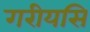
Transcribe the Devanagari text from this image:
गरीयसि